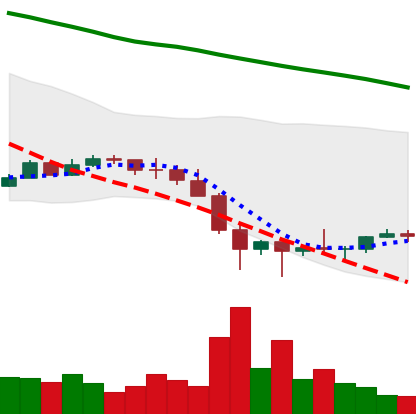
Ticker: EOS-USD
Chart end date: 2022-01-30
Forward return: 6.948%
Label: up_5_7